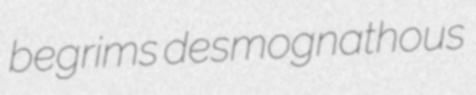
begrims desmognathous